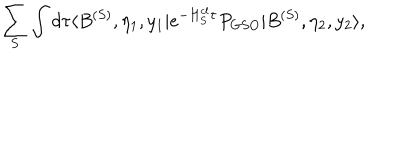
\sum _ { S } \int d \tau \langle B ^ { ( S ) } , \eta _ { 1 } , y _ { 1 } | e ^ { - H _ { S } ^ { c l } \tau } P _ { G S O } | B ^ { ( S ) } , \eta _ { 2 } , y _ { 2 } \rangle ,